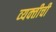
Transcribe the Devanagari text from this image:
व्‍यक्‍तीची